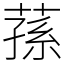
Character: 蓀